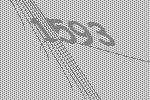
1593